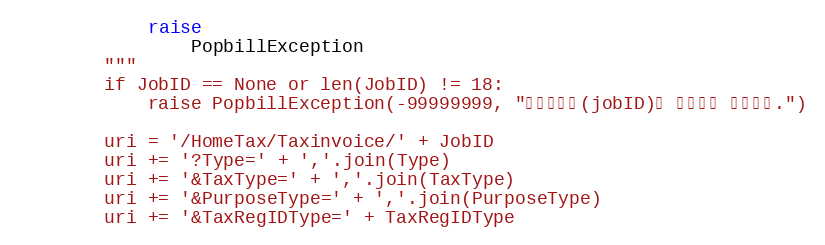
Language: Python
            raise
                PopbillException
        """
        if JobID == None or len(JobID) != 18:
            raise PopbillException(-99999999, "작업아이디(jobID)가 올바르지 않습니다.")

        uri = '/HomeTax/Taxinvoice/' + JobID
        uri += '?Type=' + ','.join(Type)
        uri += '&TaxType=' + ','.join(TaxType)
        uri += '&PurposeType=' + ','.join(PurposeType)
        uri += '&TaxRegIDType=' + TaxRegIDType